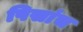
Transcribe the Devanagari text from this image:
पिसांच